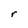
Character: r